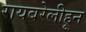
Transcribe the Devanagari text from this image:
रायबरेलीहून